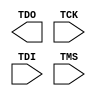
module MASTER_JTAG 
  `ifdef XIL_TIMING //Simprim adding LOC only 
#(
  parameter LOC = "UNPLACED"  
)
  `endif
(
  output TDO,

  input TCK,
  input TDI,
  input TMS
);
  
endmodule